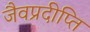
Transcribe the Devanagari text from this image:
जैवप्रदीप्ति